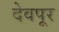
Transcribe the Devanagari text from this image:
देवपूर